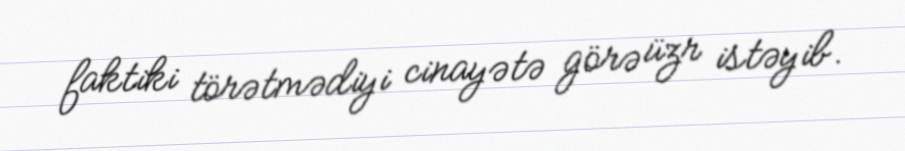
faktiki törətmədiyi cinayətə görə üzr istəyib.